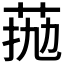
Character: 𦰖